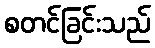
စတင်ခြင်းသည်